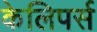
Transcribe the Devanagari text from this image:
केलिपर्स